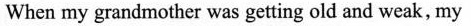
When my grandmother was getting old and weak, my